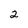
Character: 2